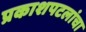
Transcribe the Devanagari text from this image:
प्रकाशपटलांचा